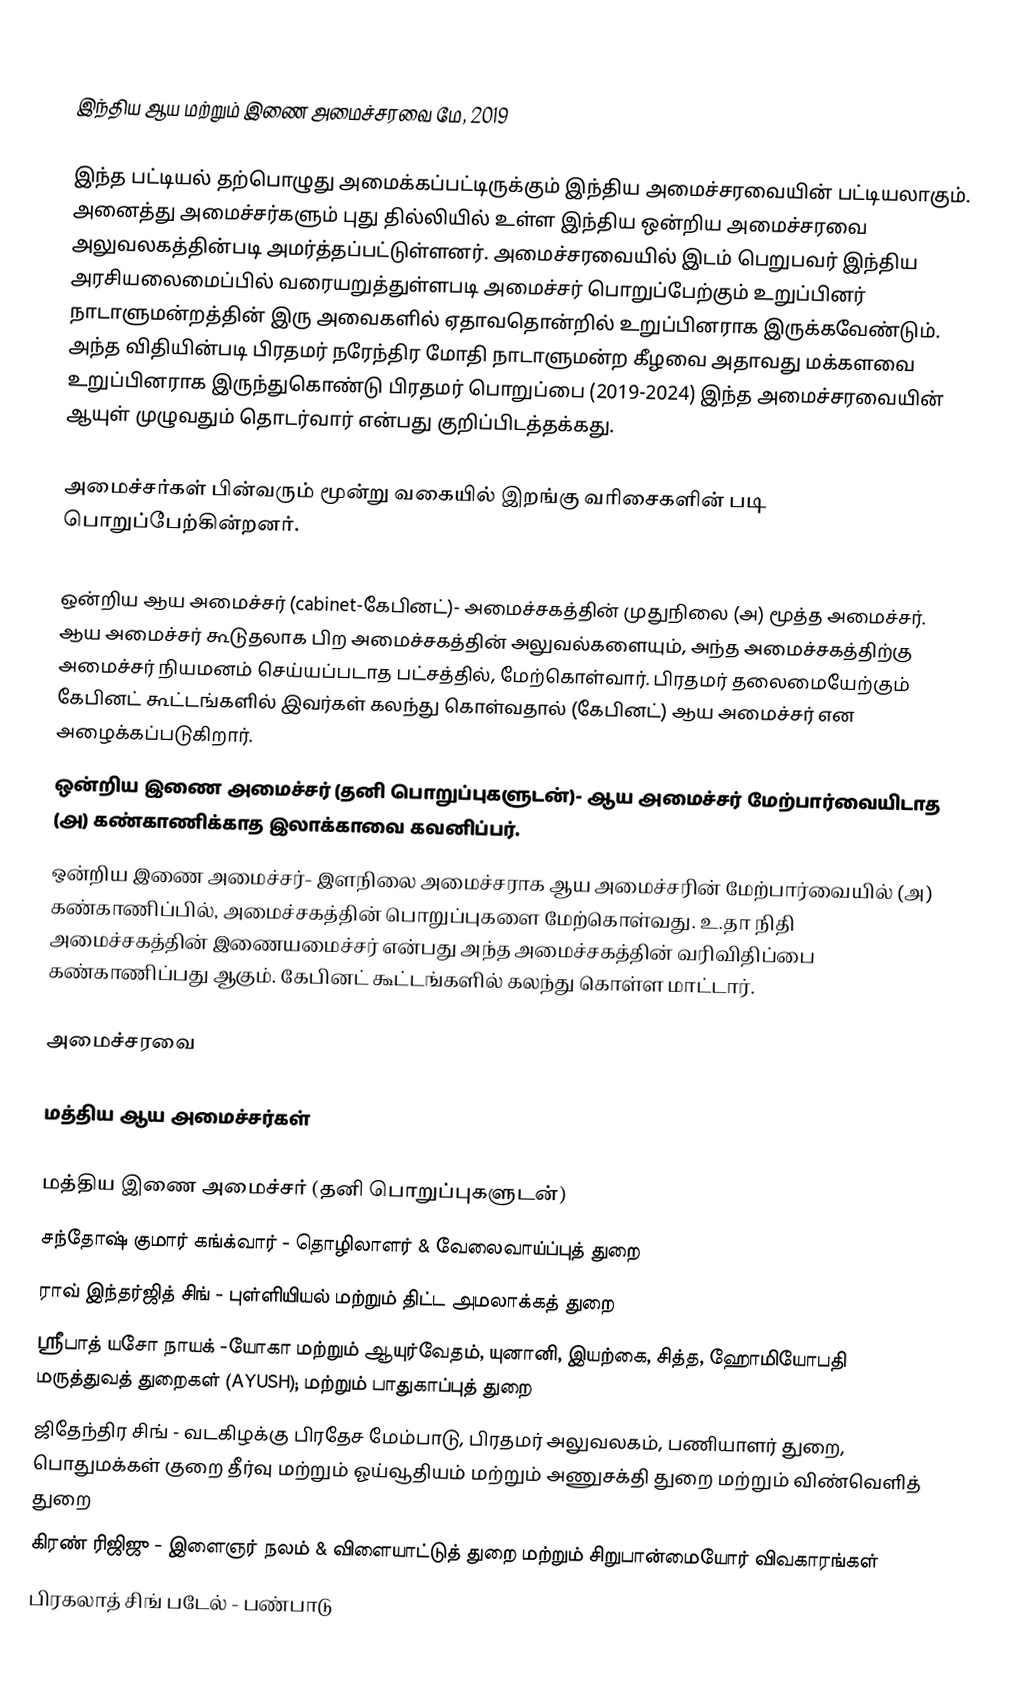

இந்திய ஆய மற்றும் இணை அமைச்சரவை மே, 2019

இந்த பட்டியல் தற்பொழுது அமைக்கப்பட்டிருக்கும் இந்திய அமைச்சரவையின் பட்டியலாகும். அனைத்து அமைச்சர்களும் புது தில்லியில் உள்ள இந்திய ஒன்றிய அமைச்சரவை அலுவலகத்தின்படி அமர்த்தப்பட்டுள்ளனர். அமைச்சரவையில் இடம் பெறுபவர் இந்திய அரசியலைமைப்பில் வரையறுத்துள்ளபடி அமைச்சர் பொறுப்பேற்கும் உறுப்பினர் நாடாளுமன்றத்தின் இரு அவைகளில் ஏதாவதொன்றில் உறுப்பினராக இருக்கவேண்டும். அந்த விதியின்படி பிரதமர் நரேந்திர மோதி நாடாளுமன்ற கீழவை அதாவது மக்களவை உறுப்பினராக இருந்துகொண்டு பிரதமர் பொறுப்பை (2019-2024) இந்த அமைச்சரவையின் ஆயுள் முழுவதும் தொடர்வார் என்பது குறிப்பிடத்தக்கது.

அமைச்சர்கள் பின்வரும் மூன்று வகையில் இறங்கு வரிசைகளின் படி பொறுப்பேற்கின்றனர்.

ஒன்றிய ஆய அமைச்சர் (cabinet-கேபினட்)- அமைச்சகத்தின் முதுநிலை (அ) மூத்த அமைச்சர். ஆய அமைச்சர் கூடுதலாக பிற அமைச்சகத்தின் அலுவல்களையும், அந்த அமைச்சகத்திற்கு அமைச்சர் நியமனம் செய்யப்படாத பட்சத்தில், மேற்கொள்வார். பிரதமர் தலைமையேற்கும் கேபினட் கூட்டங்களில் இவர்கள் கலந்து கொள்வதால் (கேபினட்) ஆய அமைச்சர் என அழைக்கப்படுகிறார்.
ஒன்றிய இணை அமைச்சர் (தனி பொறுப்புகளுடன்)- ஆய அமைச்சர் மேற்பார்வையிடாத (அ) கண்காணிக்காத இலாக்காவை கவனிப்பர்.
ஒன்றிய இணை அமைச்சர்- இளநிலை அமைச்சராக ஆய அமைச்சரின் மேற்பார்வையில் (அ) கண்காணிப்பில், அமைச்சகத்தின் பொறுப்புகளை மேற்கொள்வது. உ.தா நிதி அமைச்சகத்தின் இணையமைச்சர் என்பது அந்த அமைச்சகத்தின் வரிவிதிப்பை கண்காணிப்பது ஆகும். கேபினட் கூட்டங்களில் கலந்து கொள்ள மாட்டார்.

அமைச்சரவை

மத்திய ஆய அமைச்சர்கள்

மத்திய இணை அமைச்சர் (தனி பொறுப்புகளுடன்)
 சந்தோஷ் குமார் கங்க்வார் - தொழிலாளர் & வேலைவாய்ப்புத் துறை
 ராவ் இந்தர்ஜித் சிங் - புள்ளியியல் மற்றும்  திட்ட அமலாக்கத் துறை
 ஸ்ரீபாத் யசோ நாயக் -யோகா மற்றும் ஆயுர்வேதம், யுனானி,  இயற்கை, சித்த, ஹோமியோபதி மருத்துவத் துறைகள் (AYUSH);  மற்றும் பாதுகாப்புத் துறை
 ஜிதேந்திர சிங்  - வடகிழக்கு பிரதேச மேம்பாடு, பிரதமர் அலுவலகம், பணியாளர் துறை, பொதுமக்கள் குறை தீர்வு மற்றும் ஓய்வூதியம் மற்றும் அணுசக்தி துறை மற்றும் விண்வெளித் துறை
 கிரண் ரிஜிஜு -  இளைஞர் நலம் & விளையாட்டுத் துறை மற்றும் சிறுபான்மையோர் விவகாரங்கள்
 பிரகலாத் சிங் படேல்   - பண்பாடு